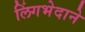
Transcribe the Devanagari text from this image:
लिंगभेदाने